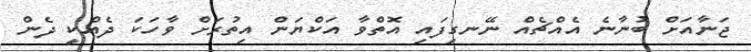
ޖަނާއަށް ބުނާނެ އެއްޗެއް ނޭނގިފައި އޮތްވާ އަކްޔަން އިތުރަށް ވާހަކަ ދެއްކީ ދެން